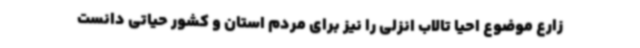
زارع موضوع احیا تالاب انزلی را نیز برای مردم استان و کشور حیاتی دانست